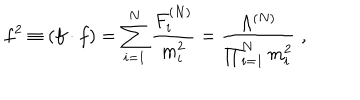
f ^ { 2 } \equiv ( f \cdot f ) = \sum _ { i = 1 } ^ { N } \frac { F _ { i } ^ { ( N ) } } { m _ { i } ^ { 2 } } = \frac { \Lambda ^ { ( N ) } } { \prod _ { i = 1 } ^ { N } m _ { i } ^ { 2 } } \; ,